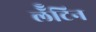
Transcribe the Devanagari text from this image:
लॅॅॅटिन